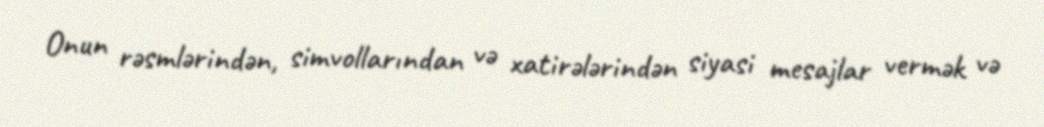
Onun rəsmlərindən, simvollarından və xatirələrindən siyasi mesajlar vermək və